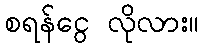
စရန်ငွေ လိုလား။